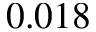
0 . 0 1 8